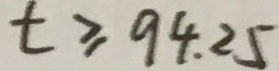
t \geq 9 4 . 2 5